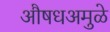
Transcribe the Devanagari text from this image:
औषधअमुळे